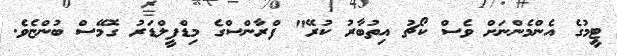
ޓީމުގެ އެންމެންނަށް ވެސް ކޯޗު އިތުބާރު ކުރޭ" ފްރާންސްގެ މިޑްފީލްޑަރު ގޮމޭސް ބުންޏެވެ.